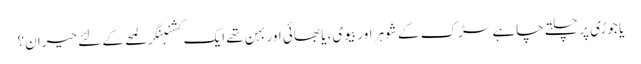
یا جوڑی پر چلتے چاہے سڑک کے شوہر اور بیوی، یا بھائی اور بہن تھے ایک کشنبنگر لمحے کے لئے حیران؟